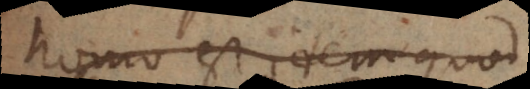
homo est idem quod